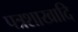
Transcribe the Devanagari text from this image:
पत्रशाखादि